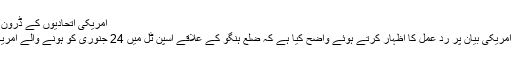
امریکی اتحادیوں کے ڈرون حملے سے عام افراد متاثر ہوئے، ڈی جی آئی ایس پی آر
ایمزٹی وی(راولپنڈی)پاک فوج نے حالیہ ڈرون حملے پر امریکی بیان پر رد عمل کا اظہار کرتے ہوئے واضح کیا ہے کہ ضلع ہنگو کے علاقے اسپن ٹل میں 24 جنوری کو ہونے والے امریکی اتحادیوں کے ڈرون حملے سے عام افراد متاثر ہوئے۔